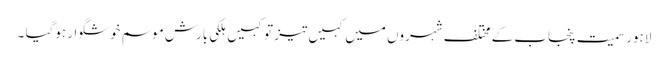
لاہور سمیت پنجاب کے مختلف شہروں میں کہیں تیز تو کہیں ہلکی بارش موسم خوشگوار ہوگیا ۔